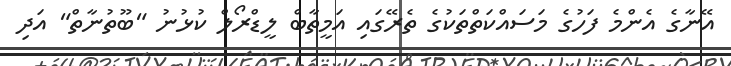
އޭނާގެ އެންމެ ފަހުގެ މަސައްކަތްތަކުގެ ތެރޭގައި އަމީތާބް ލީޑްރޯލް ކުޅުނު "ބޫތުނާތް" އަދި